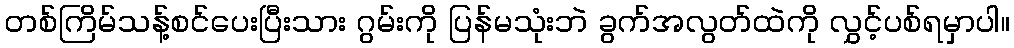
တစ်ကြိမ်သန့်စင်ပေးပြီးသား ဂွမ်းကို ပြန်မသုံးဘဲ ခွက်အလွတ်ထဲကို လွှင့်ပစ်ရမှာပါ။